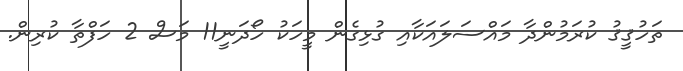
ތަހުޤީޤު ކުރަމުންދާ މައްސަލައަކާއި ގުޅިގެން މީހަކު ހޯދަނީ11 މަސް 2 ހަފްތާ ކުރިން.